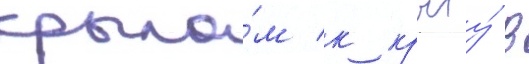
крыло́м к крылу́ в